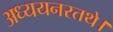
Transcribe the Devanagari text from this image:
अध्ययनरतथे।